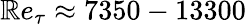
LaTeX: \mathbb{R}e_{\tau}\approx7350-13300